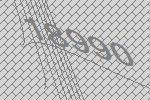
18990